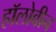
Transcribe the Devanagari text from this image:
हॉलोवीन